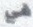
في